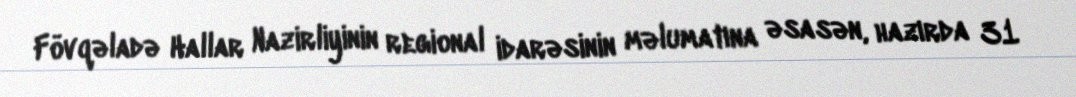
Fövqəladə Hallar Nazirliyinin regional idarəsinin məlumatına əsasən, hazırda 31